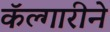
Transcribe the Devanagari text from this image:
कॅल्गारीने